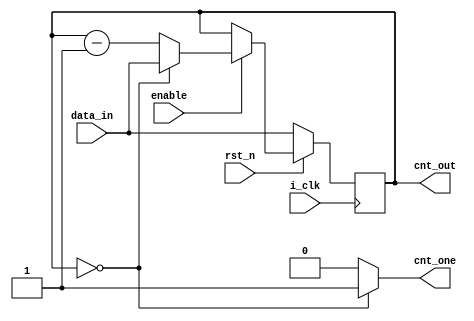
`timescale 1ns / 1ps
//////////////////////////////////////////////////////////////////////////////////
// Company: None
// 
// Design Name: Timer
// Module Name: Timer_v
// Project Name: Timer_down_count
// Target Devices: MAX 10
// Tool Versions: 20.1
// Description: In this project we generally design a counter which accepts the data and counts till 0, 
/// and outputs signal as 1 when it counts the data upto 0 (down count) and whenver the output signal
/// is 0 , it accepts the next data to count and repeats the process.
// 
// Dependencies: 
// 
// Revision:
// Revision 0.01 - File Created
// Additional Comments:
// 
//////////////////////////////////////////////////////////////////////////////////

module Timer_v 
#(parameter DATA_WIDTH = 4)
(i_clk , rst_n , data_in , cnt_out , enable , cnt_one) ;
input i_clk ;
input rst_n ;
input[DATA_WIDTH-1:0] data_in ;
input enable ;
output[DATA_WIDTH-1:0] cnt_out ;
output cnt_one ;
 
 
 
wire [DATA_WIDTH-1:0] count_next ;
reg [DATA_WIDTH-1:0] counter_out ;


always @ (posedge i_clk)
 begin
     if (rst_n==1'b0)
	     begin
	 	     counter_out <= data_in ;
          end
	else 
	  begin
	        if (enable==1'b1)
		     counter_out <= count_next ;
		  end
		end
	
assign count_next = (counter_out==1'b0) ? data_in : counter_out-1'b1 ;

assign cnt_one = (counter_out == 1'b0) ? 1'b1 : 1'b0 ;

assign cnt_out = counter_out ;

endmodule